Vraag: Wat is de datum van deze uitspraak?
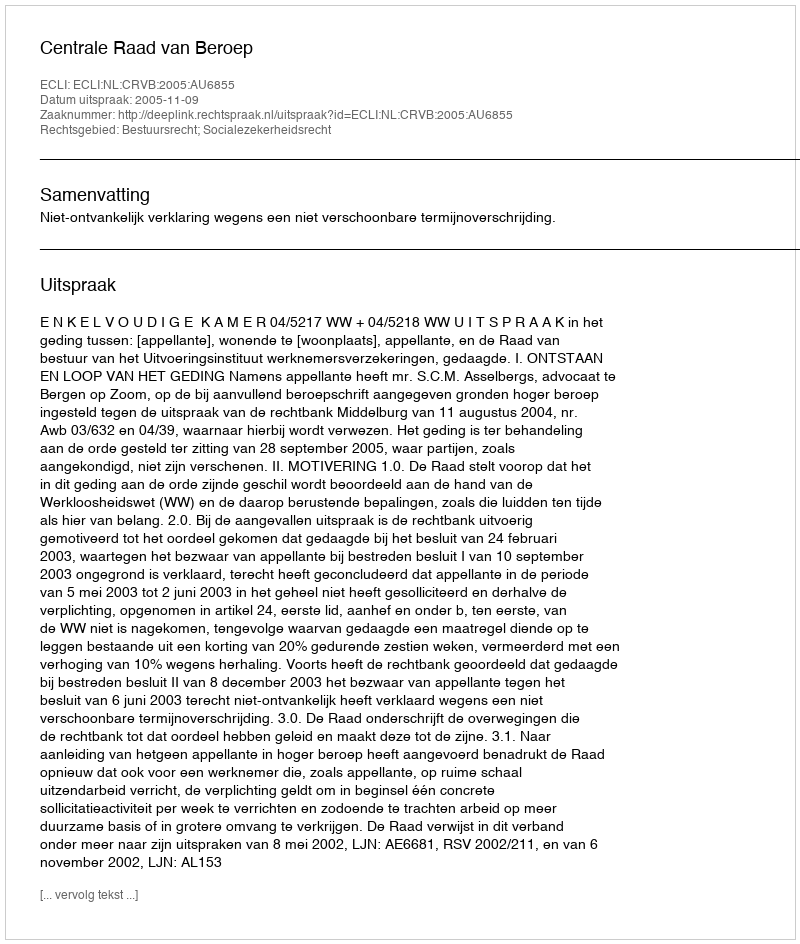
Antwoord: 2005-11-09